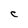
Character: C